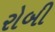
રોબી